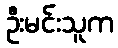
ဦးမင်းသူက